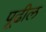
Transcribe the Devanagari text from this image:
पूढील